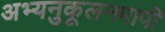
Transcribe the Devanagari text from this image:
अभ्यनुकूलनमापी